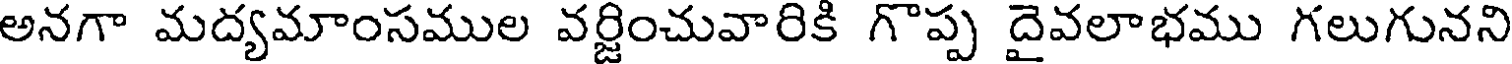
అనగా మద్యమాంసముల వర్జించువారికి గొప్ప దైవలాభము గలుగునని